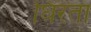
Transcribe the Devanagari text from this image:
घिरता